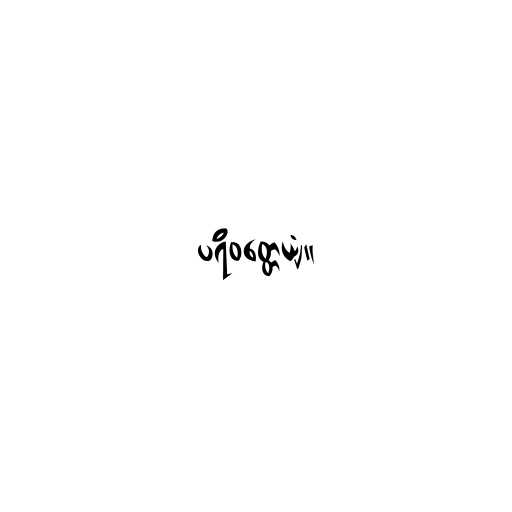
ပရိဝတ္တေယျံ။